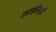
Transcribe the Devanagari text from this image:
साडीसही